Lunatic asylums in Bengal annual reports 1912-1924 - 1912-1924
Year: 1912
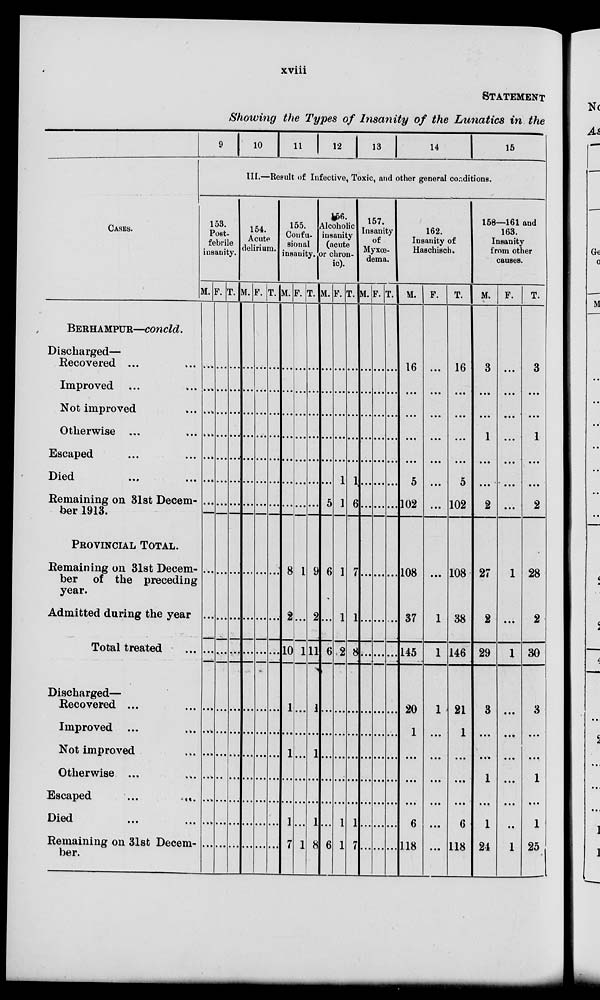
xviii
STATEMENT
Showing the Types of Insanity of the Lunatics in the
CASES.
BERHAMPUR—concld.
Discharged—
Recovered ... ...
Improved ... ...
Not improved ...
Otherwise ... ...
Escaped ... ...
Died ... ...
Remaining on 31st Decem-
ber 1913.
PROVINCIAL TOTAL.
Remaining on 31st Decem-
ber of the preceding
year.
Admitted daring the year
Total treated ...
Discharged—
Recovered ... ...
Improved ... ...
Not improved
Otherwise ... ...
Escaped
...
...
Died ... ...
Remaining on 31st Decem-
ber.
9 10 1 1 12 13
14
15
III.—Result of Infective, Toxic, and other general conditions.
153.
Post-
febrile
insauity.
M.
...
...
...
...
...
...
...
...
...
...
...
...
...
...
...
...
F.
...
...
...
...
...
...
...
...
...
...
...
...
...
...
...
...
T
...
...
...
...
...
...
...
...
...
...
...
...
...
...
...
...
154.
Acute
delirium.
M.
...
...
...
...
...
...
...
...
...
...
...
...
...
...
...
...
F.
...
...
...
...
...
...
...
...
...
...
...
...
...
...
...
...
T.
...
...
...
...
...
...
...
...
...
...
...
...
...
...
...
...
155.
Confu-
sional
insauity.
M.
...
...
...
...
...
...
...
8
2
10
1
...
1
...
...
1
7
F.
...
...
...
...
...
...
...
1
...
1
...
...
...
...
...
...
1
T.
...
...
...
...
...
...
...
9
2
11
1
...
1
...
...
1
8
156.
Alcoholic
iusanity
(acute
or chron-
ic).
M .
...
...
...
...
...
...
5
6
...
6
...
...
...
...
...
6
F.
...
...
...
...
...
1
1
1
1
2
...
...
...
...
1
1
T.
...
...
...
...
...
1
6
7
1
8
...
...
...
...
1
7
157.
Insanity
of
Myxœ-
dema.
M.
...
...
...
...
...
...
...
...
...
...
...
...
...
...
...
...
F.
...
...
...
...
...
...
...
...
...
...
...
...
...
...
...
...
T.
...
...
...
...
...
...
...
...
...
...
...
...
...
...
...
...
162.
Insanity of
Haschisch.
M.
16
...
...
...
...
5
102
108
37
145
20
1
...
...
6
118
F.
...
...
...
...
...
...
...
...
1
1
1
...
...
...
...
...
...
T.
16
...
...
...
...
5
102
108
38
146
21
1
...
...
...
6
118
158—161 and
163.
Insanity
from other
causes.
M.
3
...
...
1
...
...
2
27
2
29
3
...
...
1
...
1
24
F.
...
...
...
...
...
...
...
1
...
1
...
...
...
...
...
...
1
T.
3
...
...
1
...
...
2
28
2
30
3
...
...
1
...
1
25